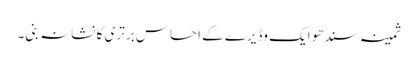
ثمینہ سندھو ایک وڈیرے کے احساسِ برتری کا نشانہ بنی۔